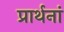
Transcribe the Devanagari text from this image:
प्रार्थनां